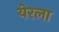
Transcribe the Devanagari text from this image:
येरला